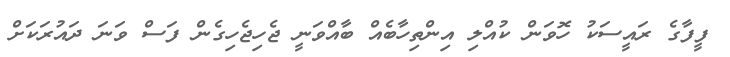
ފީފާގެ ރައީސަކު ހޮވަން ކުއްލި އިންތިހާބެއް ބާއްވަނީ ޖެހިޖެހިގެން ފަސް ވަނަ ދައުރަކަށް